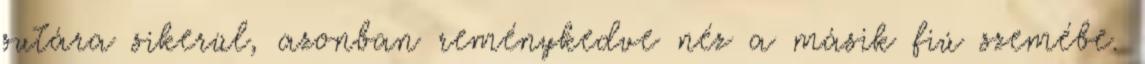
sutára sikerül, azonban reménykedve néz a másik fiú szemébe.